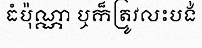
ធំប៉ុណ្ណា ឬក៏ត្រូវលះបង់